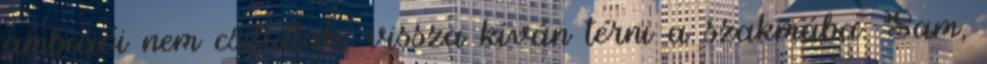
ambíciói nem csitultak, vissza kíván térni a szakmába. Sam,